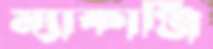
ম্যাকাঞ্জি